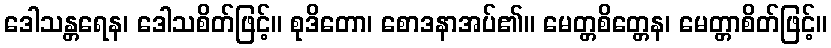
ဒေါသန္တရေန၊ ဒေါသစိတ်ဖြင့်။ စုဒိတော၊ စောဒနာအပ်၏။ မေတ္တစိတ္တေန၊ မေတ္တာစိတ်ဖြင့်။